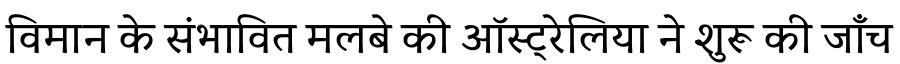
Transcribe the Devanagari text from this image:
विमान के संभावित मलबे की ऑस्ट्रेलिया ने शुरू की जाँच